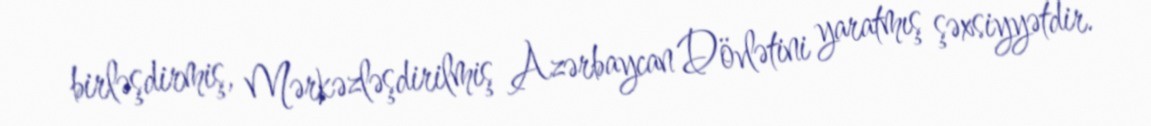
birləşdirmiş, Mərkəzləşdirilmiş Azərbaycan Dövlətini yaratmış şəxsiyyətdir.